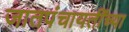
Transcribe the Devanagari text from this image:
जातपंचायतींच्या